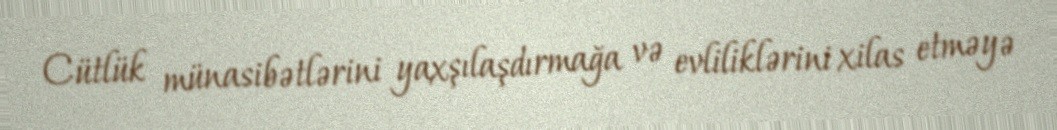
Cütlük münasibətlərini yaxşılaşdırmağa və evliliklərini xilas etməyə